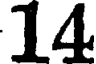
14